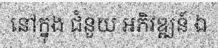
នៅក្នុង ជំនួយ អភិវឌ្ឍន៍ ឯ